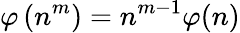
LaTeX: \varphi\left(n^{m}\right)=n^{m-1}\varphi(n)